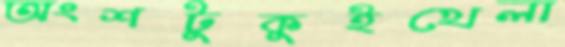
অংশটুকুইখেলা